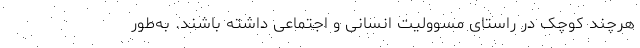
هرچند کوچک در راستای مسوولیت انسانی و اجتماعی داشته باشند. به‌طور